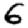
Digit: 6